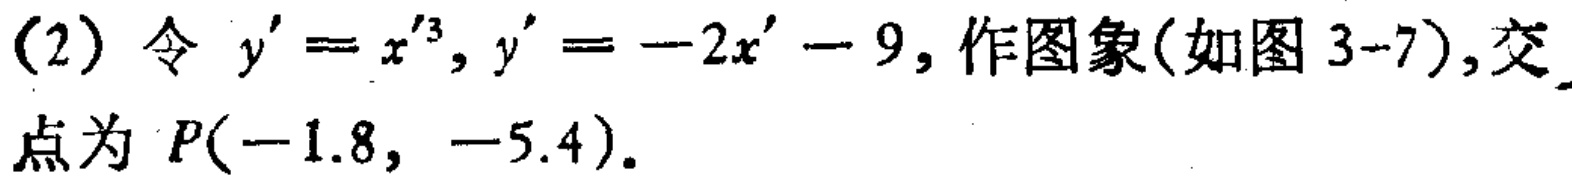
(2) 令 \(y' = x'^{3},y' = -2x' - 9\), 作图象(如图 3-7), 交点为 \(P(-1.8, -5.4)\).